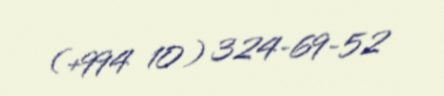
(+994 10) 324-69-52